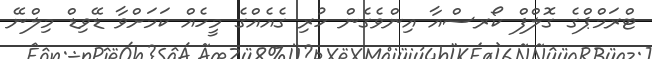
ޓްރަމްޕްގެ ގޮލްފް ކޯރސްއާ އިންވެގެން ހުރި ގެއެއްގެ މީހެއް ކަމަށްވާ ޑޭވިޑް މިލްނޭ